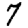
Digit: 7